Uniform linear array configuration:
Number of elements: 24
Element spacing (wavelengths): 0.75
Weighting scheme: binomial
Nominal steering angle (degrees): -45
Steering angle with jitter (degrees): -45.342
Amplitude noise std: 0.05
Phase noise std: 0.05

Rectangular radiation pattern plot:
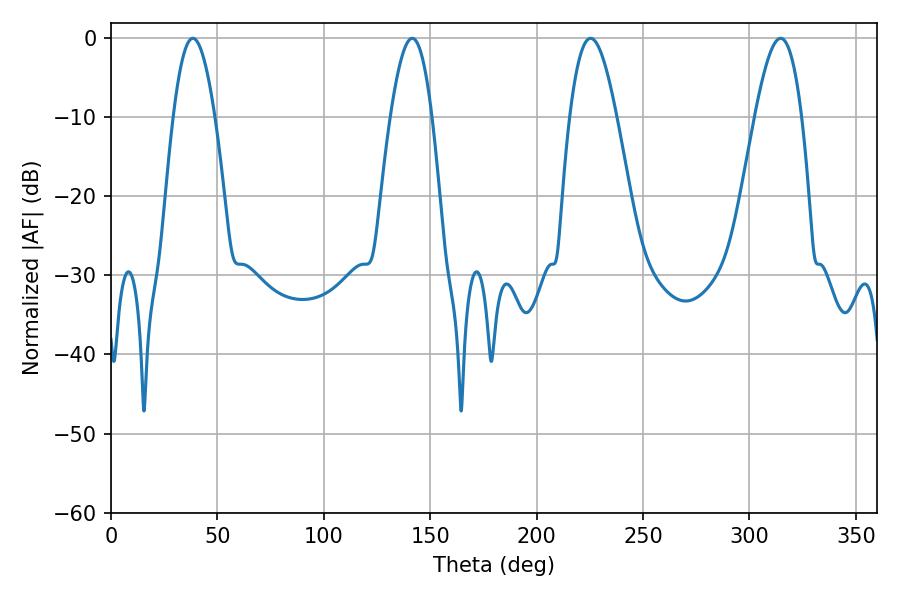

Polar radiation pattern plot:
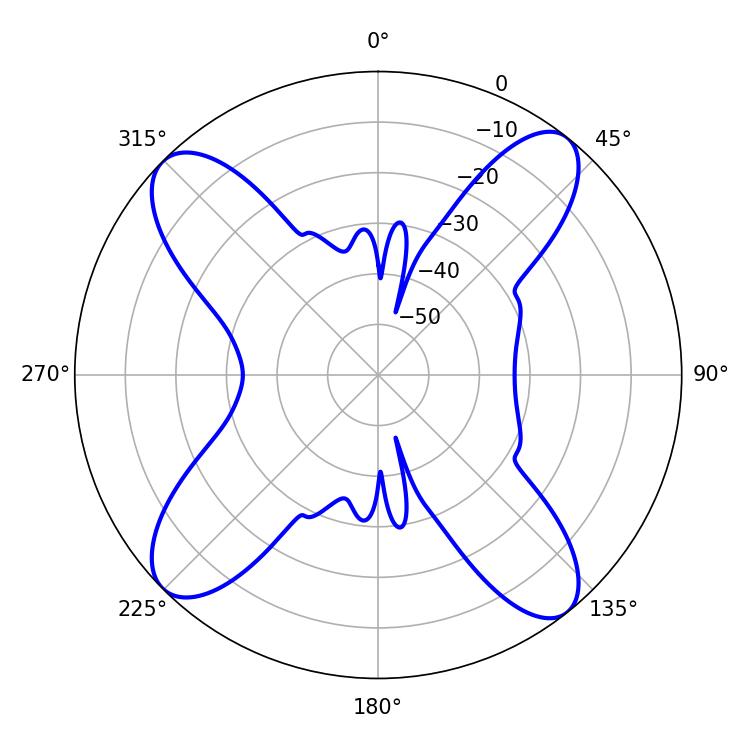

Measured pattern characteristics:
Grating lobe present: TRUE
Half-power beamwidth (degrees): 11.88
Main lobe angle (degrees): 225.36